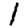
Digit: 1